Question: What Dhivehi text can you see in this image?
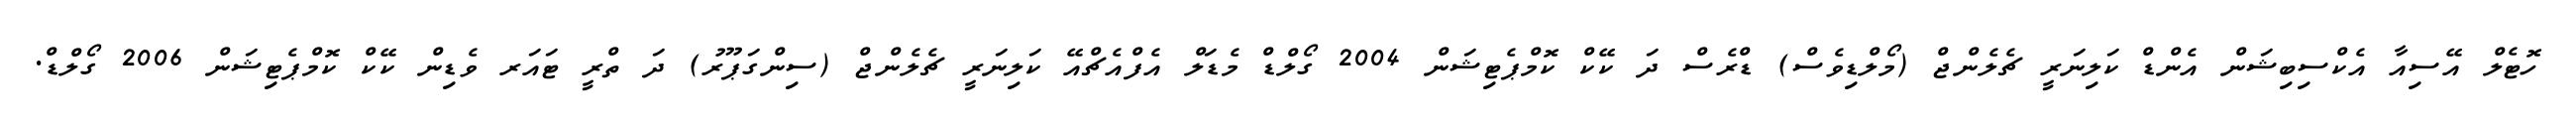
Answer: ހޮޓެލް އޭސިއާ އެކްސިބިޝަން އެންޑް ކަލިނަރީ ޗެލެންޖް (މޯލްޑިވެސް) ޑްރެސް ދަ ކޭކް ކޮމްޕެޓިޝަން 2004 ގޯލްޑް މެޑަލް އެފްއެޗްއޭ ކަލިނަރީ ޗެލެންޖް (ސިންގަޕޫރު) ދަ ތްރީ ޓައަރ ވެޑިން ކޭކް ކޮމްޕެޓިޝަން 2006 ގޯލްޑް.